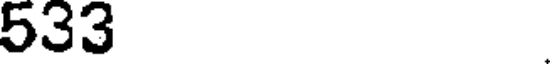
533